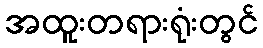
အထူးတရားရုံးတွင်